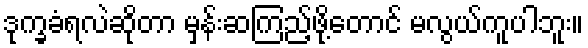
ဒုက္ခခံရလဲဆိုတာ မှန်းဆကြည့်ဖို့တောင် မလွယ်ကူပါဘူး။